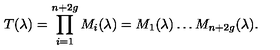
T ( \lambda ) = \prod _ { i = 1 } ^ { n + 2 g } { M _ { i } ( \lambda ) } = M _ { 1 } ( \lambda ) \dots M _ { n + 2 g } ( \lambda ) .